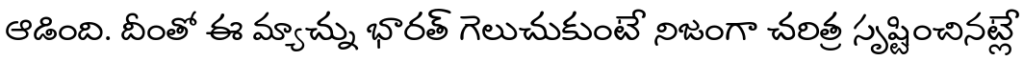
ఆడింది. దీంతో ఈ మ్యాచ్ను భారత్ గెలుచుకుంటే నిజంగా చరిత్ర సృష్టించినట్లే